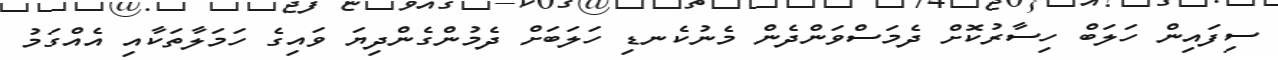
ސިފައިން ހަލަބް ހިސާރުކޮށް ދެމަސްވަންދެން މެނުކެނޑި ހަލަބަށް ދެމުންގެންދިޔަ ވައިގެ ހަމަލާތަކާއި އެއްގަމު